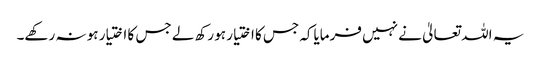
یہ اللہ تعالیٰ نے نہیں فرمایاکہ جس کا اختیار ہو رکھ لے جس کا اختیار ہو نہ رکھے۔